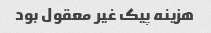
هزینه پیک غیر معقول بود